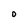
Character: O